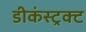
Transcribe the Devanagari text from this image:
डीकंस्ट्रक्ट